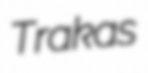
Trakas